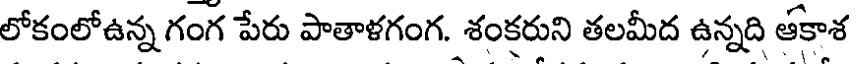
లోకంలోఉన్న గంగ పేరు పాతాళగంగ. శంకరుని తలమీద ఉన్నది ఆకాశ